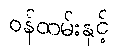
ဝန်ထမ်းနှင့်